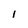
Character: 1